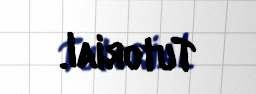
Tutorial.